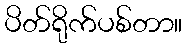
ပိတ်ရိုက်ပစ်တာ။